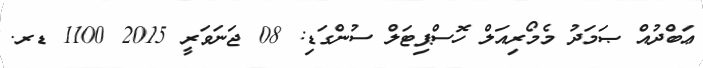
ޢަބްދުއް ޞަމަދު މެމޯރިއަލް ހޮސްޕިޓަލް ސުންގަޑި: 08 ޖަނަވަރީ 2015 1100 ޑރ.